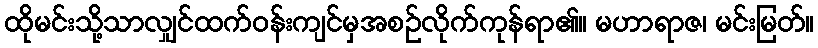
ထိုမင်းသို့သာလျှင်ထက်ဝန်းကျင်မှအစဉ်လိုက်ကုန်ရာ၏။ မဟာရာဇ၊ မင်းမြတ်။